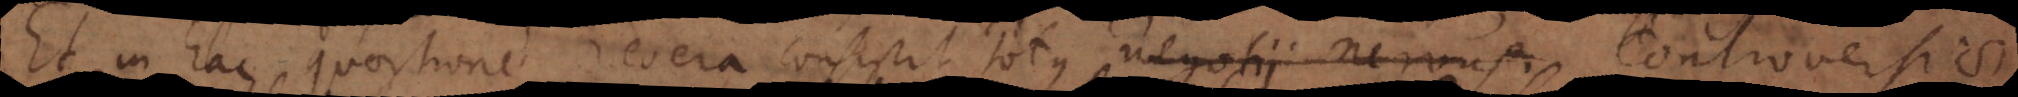
Et in hac quaestione revera consistit totus negotii nervus controversia